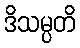
ဒိသမ္ပတိ